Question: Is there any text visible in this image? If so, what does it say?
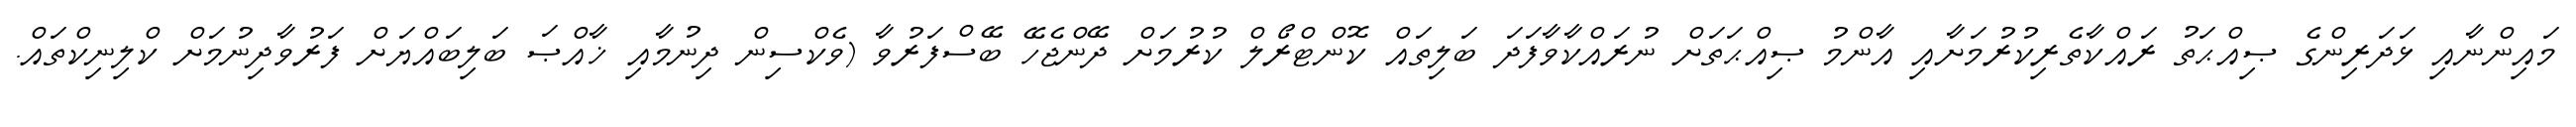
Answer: މައިންނާއި ޅަދަރިންގެ ޞިއްޙަތު ރައްކާތެރިކުރުމަށާއި އާންމު ޞިއްޙަތަށް ނުރައްކާވާފަދަ ބަލިތައް ކޮންޓްރޯލް ކުރުމަށް ދޭންޖެހޭ ބޭސްފަރުވާ (ވެކްސިން ދިނުމާއި ޚާއްޞަ ބަލިބައްޔަށް ފަރުވާދިނުމަށް ކްލިނިކްތައް.